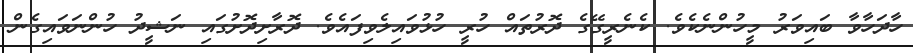
ހާދަހާވާ ބައިވަރު މީހުންނެކެވެ. ކެނެރީގޭގެ ދޮރުތައް ހުރީ ހުޅުވައިލެވިފައެވެ. ދޮރާށިދޮށުގައި ނަޝީދު ހުންނަވައިގެން